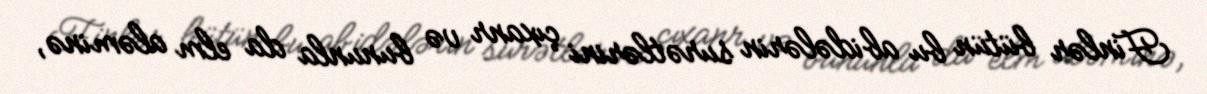
Finlər bütün bu abidələrin surətlərini çıxanr və bununla da elm aləminə,